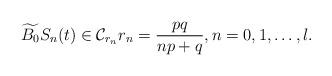
LaTeX: \begin{align*} \widetilde{B_0}S_n(t)\in \mathcal{C}_{r_n} r_n=\frac{pq}{np+q}, n=0, 1,\ldots,l.\end{align*}